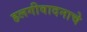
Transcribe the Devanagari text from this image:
हलगीवादनाचे